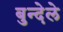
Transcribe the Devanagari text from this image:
बुन्देले